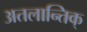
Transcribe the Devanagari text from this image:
अतलान्तिक्